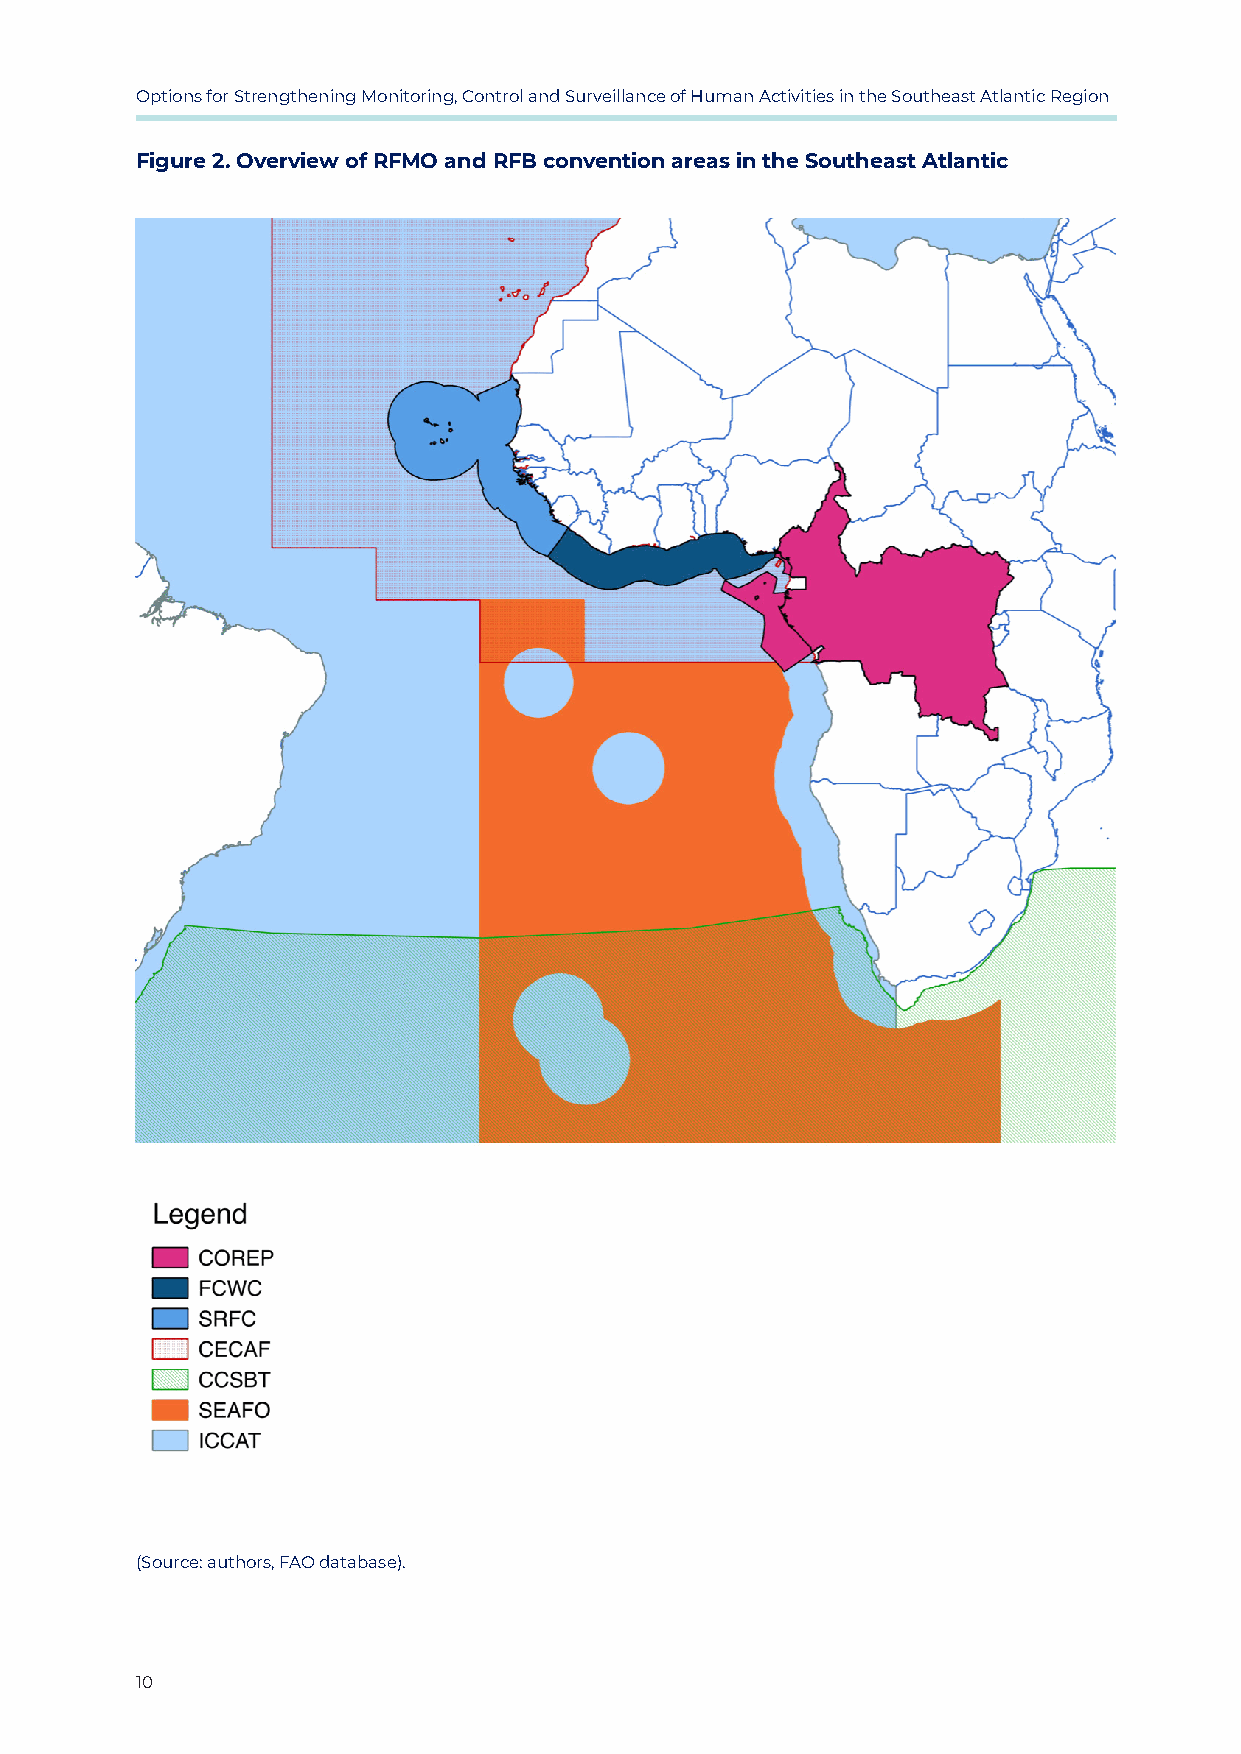
Options for Strengthening Monitoring, Control and Surveillance of Human Activities in the Southeast Atlantic Region
 Figure 2. Overview of RFMO and RFB convention areas in the Southeast Atlantic
 (Source: authors, FAO database).
 10